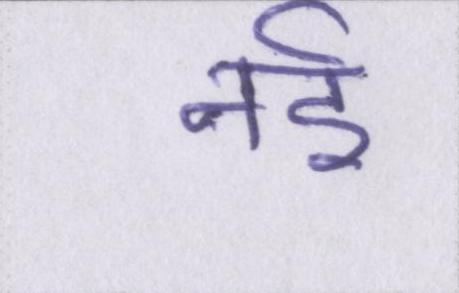
नर्इ